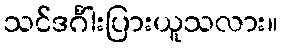
သင်ဒင်္ဂါးပြားယူသလား။